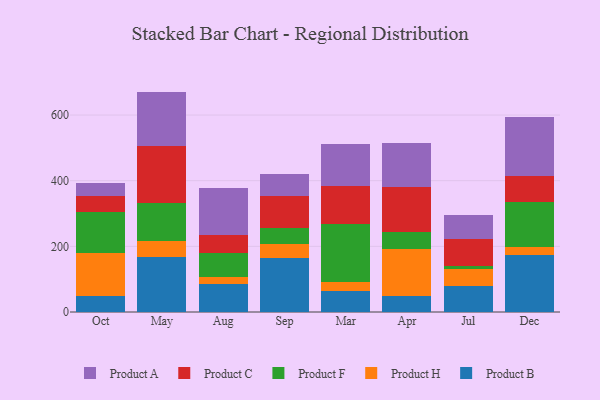
{"axis": {"x": "Month", "y": "Energy Usage (MWh)"}, "legend": ["Product A", "Product B", "Product C", "Product F", "Product H"], "data": [{"x": "Oct", "y": 48.8, "type": "Product B"}, {"x": "Oct", "y": 131.0, "type": "Product H"}, {"x": "Oct", "y": 123.6, "type": "Product F"}, {"x": "Oct", "y": 51.3, "type": "Product C"}, {"x": "Oct", "y": 38.6, "type": "Product A"}, {"x": "May", "y": 168.2, "type": "Product B"}, {"x": "May", "y": 48.3, "type": "Product H"}, {"x": "May", "y": 116.2, "type": "Product F"}, {"x": "May", "y": 171.7, "type": "Product C"}, {"x": "May", "y": 167.0, "type": "Product A"}, {"x": "Aug", "y": 86.0, "type": "Product B"}, {"x": "Aug", "y": 20.3, "type": "Product H"}, {"x": "Aug", "y": 72.4, "type": "Product F"}, {"x": "Aug", "y": 56.8, "type": "Product C"}, {"x": "Aug", "y": 141.3, "type": "Product A"}, {"x": "Sep", "y": 163.9, "type": "Product B"}, {"x": "Sep", "y": 44.3, "type": "Product H"}, {"x": "Sep", "y": 48.5, "type": "Product F"}, {"x": "Sep", "y": 96.3, "type": "Product C"}, {"x": "Sep", "y": 66.5, "type": "Product A"}, {"x": "Mar", "y": 63.1, "type": "Product B"}, {"x": "Mar", "y": 29.0, "type": "Product H"}, {"x": "Mar", "y": 177.1, "type": "Product F"}, {"x": "Mar", "y": 115.0, "type": "Product C"}, {"x": "Mar", "y": 126.1, "type": "Product A"}, {"x": "Apr", "y": 48.3, "type": "Product B"}, {"x": "Apr", "y": 143.9, "type": "Product H"}, {"x": "Apr", "y": 52.7, "type": "Product F"}, {"x": "Apr", "y": 137.0, "type": "Product C"}, {"x": "Apr", "y": 133.5, "type": "Product A"}, {"x": "Jul", "y": 78.8, "type": "Product B"}, {"x": "Jul", "y": 51.5, "type": "Product H"}, {"x": "Jul", "y": 9.7, "type": "Product F"}, {"x": "Jul", "y": 82.9, "type": "Product C"}, {"x": "Jul", "y": 73.8, "type": "Product A"}, {"x": "Dec", "y": 172.7, "type": "Product B"}, {"x": "Dec", "y": 24.9, "type": "Product H"}, {"x": "Dec", "y": 137.0, "type": "Product F"}, {"x": "Dec", "y": 80.3, "type": "Product C"}, {"x": "Dec", "y": 179.6, "type": "Product A"}]}